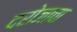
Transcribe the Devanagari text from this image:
दरोजाचा